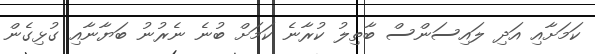
ކަމަށާއި އަދި ލައިސަންސް ބާތިލު ކުރާނެ ކަމަށް ބުނެ ނެރުނު ބަޔާނާއި ގުޅިގެން